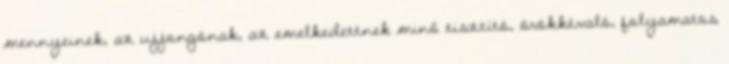
mennyeinek, az ujjongónak, az emelkedettnek minő tisztító, örökkévaló, folyamatos